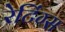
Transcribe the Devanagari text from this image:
रेटिंग्‍स